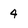
Character: 4